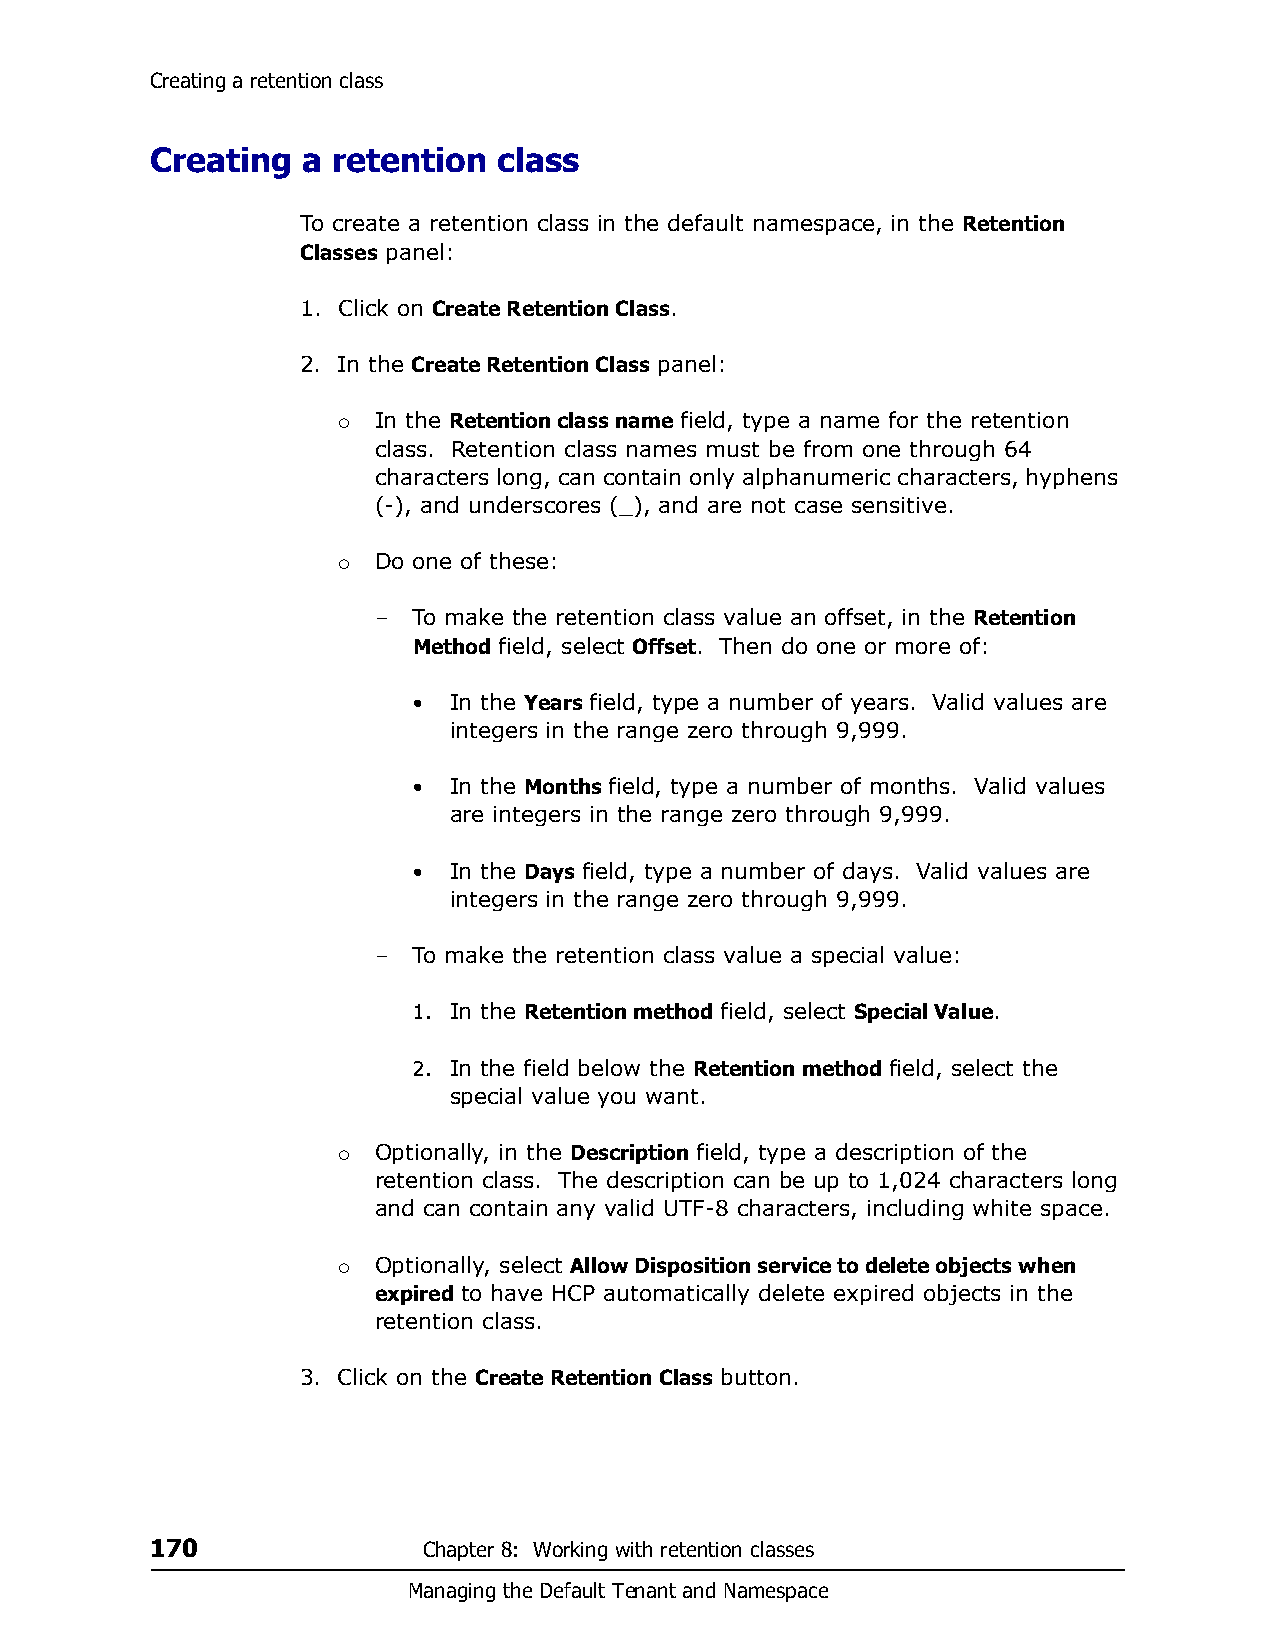
Creating a retention class
 Creating  a retention  class
 To create a retention class in the default namespace, in the Retention
 Classes panel:
 1. Click on Create Retention Class.
 2. In the Create Retention Class panel:
   In the Retention class name field, type a name for the retention
 class. Retention class names must be from one through 64
 characters long, can contain only alphanumeric characters, hyphens
 (-), and underscores (_), and are not case sensitive.
 Do one of these:
 
 – To make the retention class value an offset, in the Retention
 Method field, select Offset. Then do one or more of:
 •  In the Years field, type a number of years. Valid values are
 integers in the range zero through 9,999.
 •  In the Months field, type a number of months. Valid values
 are integers in the range zero through 9,999.
 •  In the Days field, type a number of days. Valid values are
 integers in the range zero through 9,999.
 – To make the retention class value a special value:
 1. In the Retention method field, select Special Value.
 2. In the field below the Retention method field, select the
 special value you want.
   Optionally, in the Description field, type a description of the
 retention class. The description can be up to 1,024 characters long
 and can contain any valid UTF-8 characters, including white space.
   Optionally, select Allow Disposition service to delete objects when
 expired to have HCP automatically delete expired objects in the
 retention class.
 3. Click on the Create Retention Class button.
 170               Chapter 8: Working with retention classes
 Managing the Default Tenant and Namespace